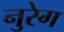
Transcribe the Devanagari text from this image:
नुरेग